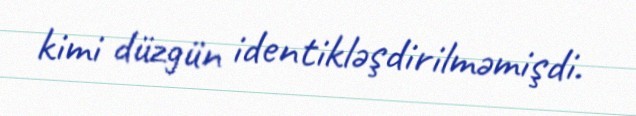
kimi düzgün identikləşdirilməmişdi.